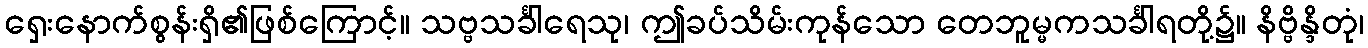
ရှေးနောက်စွန်းရှိ၏ဖြစ်ကြောင့်။ သဗ္ဗသင်္ခါရေသု၊ ဤခပ်သိမ်းကုန်သော တေဘူမ္မကသင်္ခါရတို့၌။ နိဗ္ဗိန္ဒိတုံ၊